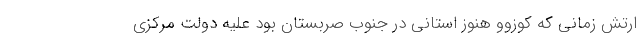
ارتش زمانی که کوزوو هنوز استانی در جنوب صربستان بود علیه دولت مرکزی